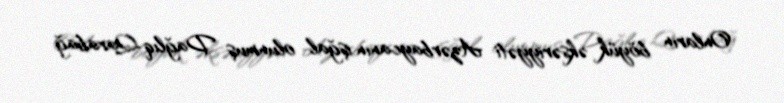
Onların böyük əksəriyyəti Azərbaycanın işğal olunmuş Dağlıq Qarabağ